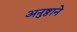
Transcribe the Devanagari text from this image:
अनुष्ठाने